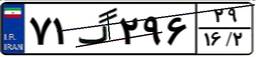
۷۱گ۲۹۶۲۹